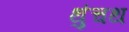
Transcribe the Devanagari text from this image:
थुंचथ